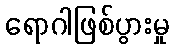
ရောဂါဖြစ်ပွားမှု